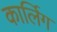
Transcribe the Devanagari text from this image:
कार्लिग